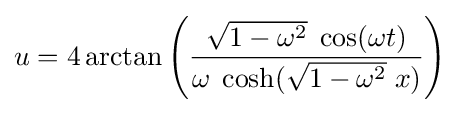
u=4\arctan \left({\frac {{\sqrt {1-\omega ^{2}}}\;\cos(\omega t)}{\omega \;\cosh({\sqrt {1-\omega ^{2}}}\;x)}}\right)